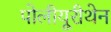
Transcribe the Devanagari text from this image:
पोलीयूरीथेन